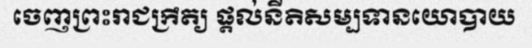
ចេញព្រះរាជក្រឹត្យ ផ្តល់នីតិសម្បទានយោបាយ